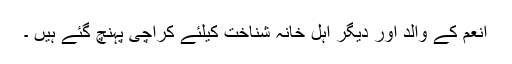
انعم کے والد اور دیگر اہل خانہ شناخت کیلئے کراچی پہنچ گئے ہیں ۔